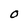
Character: O